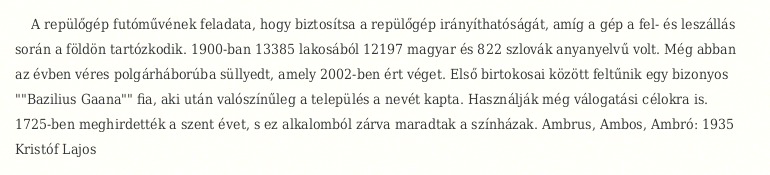
A repülőgép futóművének feladata, hogy biztosítsa a repülőgép irányíthatóságát, amíg a gép a fel- és leszállás során a földön tartózkodik. 1900-ban 13385 lakosából 12197 magyar és 822 szlovák anyanyelvű volt. Még abban az évben véres polgárháborúba süllyedt, amely 2002-ben ért véget. Első birtokosai között feltűnik egy bizonyos ""Bazilius Gaana"" fia, aki után valószínűleg a település a nevét kapta. Használják még válogatási célokra is. 1725-ben meghirdették a szent évet, s ez alkalomból zárva maradtak a színházak. Ambrus, Ambos, Ambró: 1935 Kristóf Lajos